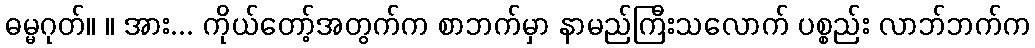
ဓမ္မဂုတ်။ ။ အား... ကိုယ်တော့်အတွက်က စာဘက်မှာ နာမည်ကြီးသလောက် ပစ္စည်း လာဘ်ဘက်က